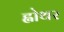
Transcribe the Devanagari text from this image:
ह्वोथर